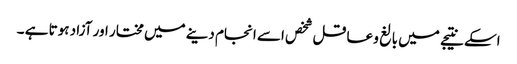
اسکے نتیجے میں بالغ و عاقل شخص اسے انجام دینے میں مختار اور آزاد ہوتا ہے ۔